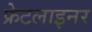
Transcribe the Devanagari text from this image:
फ्रेटलाइनर